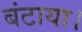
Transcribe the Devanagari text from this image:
बंटाया।